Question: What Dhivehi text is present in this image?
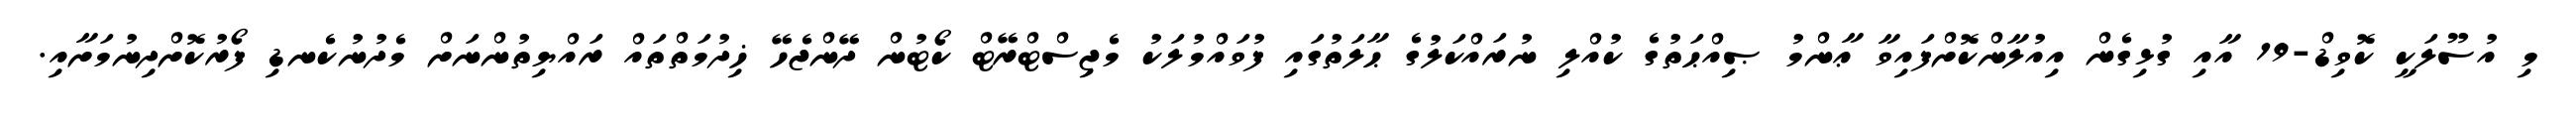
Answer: މި އުސޫލަކީ ކޮވިޑް-19 އާއި ގުޅިގެން އިއުލާންކޮށްފައިވާ ޢާންމު ޞިއްޙަތުގެ ކުއްލި ނުރައްކަލުގެ ޙާލަތުގައި ފުވައްމުލަކު މެޖިސްޓްރޭޓް ކޯޓުން ދޭންޖެހޭ ޚިދުމަތްތައް ރައްޔިތުންނަށް މެދުނުކެނޑި ފޯރުކޮށްދިނުމަށާއި.